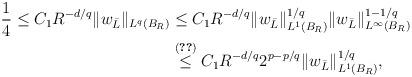
LaTeX: \begin{align*} \frac{1}{4} \leq C_1 R^{-d/q}\|w_{\bar{L}}\|_{L^q(B_R)} &\leq C_1 R^{-d/q} \|w_{\bar{L}}\|^{1/q}_{L^1(B_R)} \|w_{\bar{L}}\|^{1-1/q}_{L^\infty(B_R)} \\ &\stackrel{\eqref{eq:e6}}{\leq} C_1 R^{-d/q} 2^{p-p/q} \|w_{\bar{L}}\|^{1/q}_{L^1(B_R)}, \end{align*}